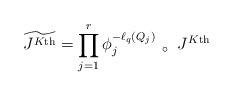
LaTeX: \begin{align*} \widetilde{J^{K\textnormal{th}}} = \prod_{j=1}^r \phi_j^{-\ell_q(Q_j)} \left.\right. _\circ \left.\right. J^{K\textnormal{th}} \end{align*}